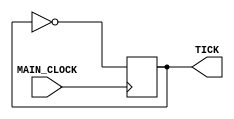
module memory_clock_generator(
	input MAIN_CLOCK,
	output reg TICK = 1'b1
	);
	always @ (posedge MAIN_CLOCK)
		begin
			TICK = ~TICK;
		end
endmodule